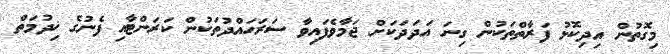
މިގޮތުން އިދިކޮޅު ފަރާތްތަކުން ގިނަ އަދަދަކަށް ޖަމާވެފައިވާ ސަރަހައްދުތަކުން ކަރަންޓާއި ފެނުގެ ޚިދުމަތް